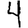
Digit: 4